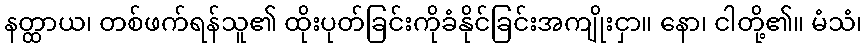
နတ္ထာယ၊ တစ်ဖက်ရန်သူ၏ ထိုးပုတ်ခြင်းကိုခံနိုင်ခြင်းအကျိုးငှာ။ နော၊ ငါတို့၏။ မံသံ၊